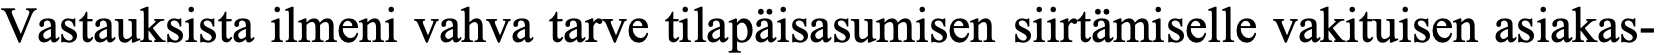
Vastauksista ilmeni vahva tarve tilapäisasumisen siirtämiselle vakituisen asiakas-